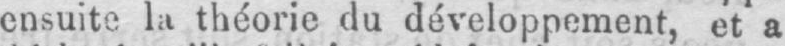
ensuite la théorie du développement, et a